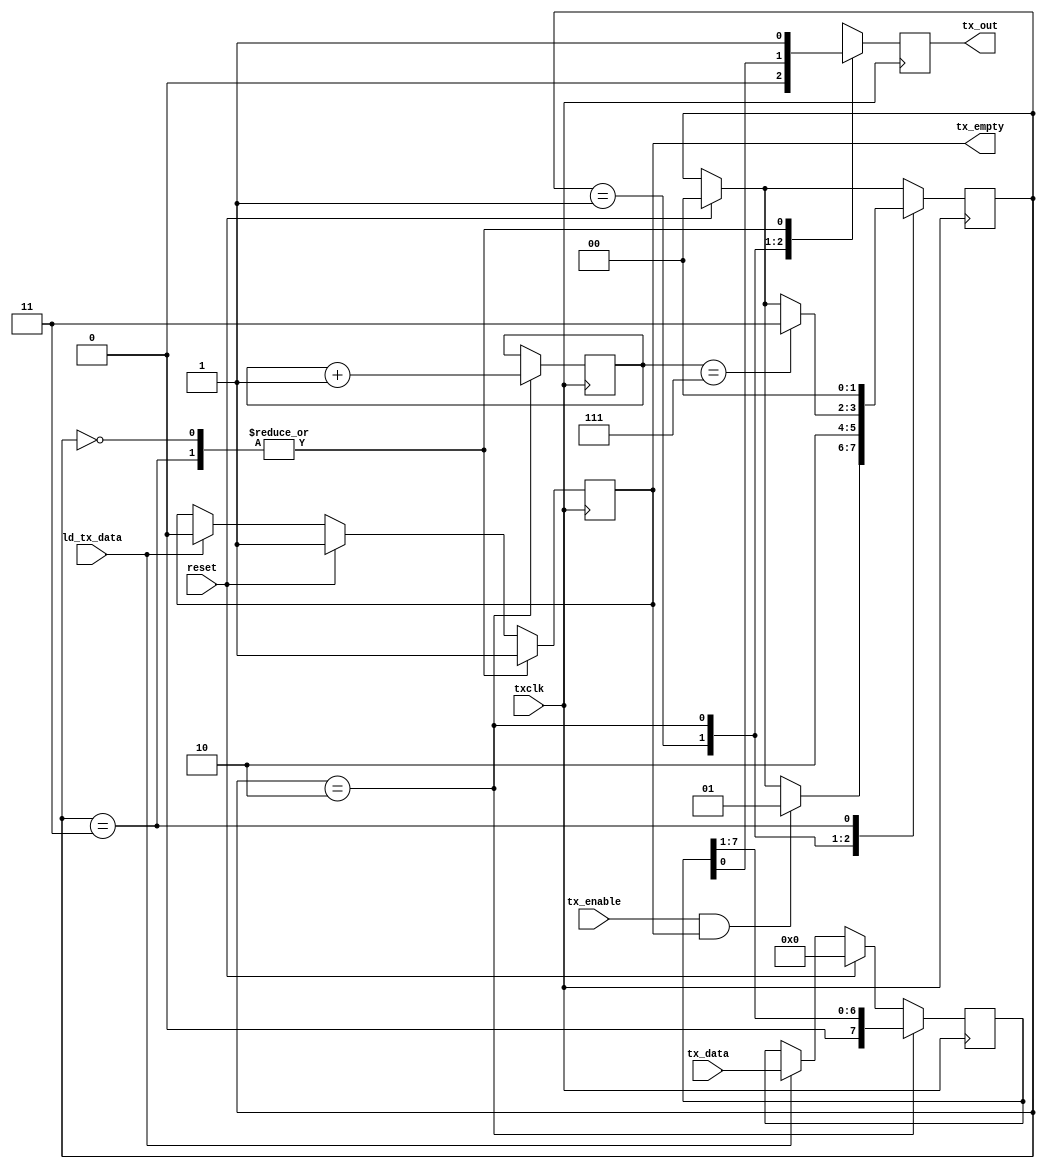
`timescale 1ns / 1ps

module uart_tx
(
    input reset,
    input txclk,
    input ld_tx_data,
    input [7:0]tx_data,
    input tx_enable,
    output reg tx_out,
    output reg tx_empty
);

reg [7:0]tx_data_reg;
reg [1:0]tx_mode = 0;
reg [2:0]tx_bit_count = 0;

parameter IDLE = 2'b00;
parameter START = 2'b01;
parameter DATA = 2'b10;
parameter STOP = 2'b11;

always @(posedge txclk) begin
    if (reset) begin
        tx_mode <= IDLE;
        tx_data_reg <= 8'b00000000;
        tx_empty <= 1'b1;
    end
    else begin
        if (ld_tx_data) begin
            tx_data_reg <= tx_data;
            tx_empty <= 1'b0;
        end
    end
    case (tx_mode)
        IDLE: begin
            tx_out <= 1'b1;
            tx_empty <= 1'b1;
            if (tx_enable && tx_empty) begin
                tx_mode <= START;
            end
        end
        START: begin
            tx_out <= 1'b0;
            tx_mode <= DATA;
        end
        DATA: begin
            tx_out <= tx_data_reg[0];
            tx_data_reg <= tx_data_reg >>> 1; 
            tx_bit_count <= tx_bit_count + 1;
            if (tx_bit_count == 7) begin
                tx_mode <= STOP;
            end
        end
        STOP: begin
            tx_out <= 1'b1;
            tx_empty <= 1'b1;
            tx_mode <= IDLE;
        end 
    endcase
end
endmodule